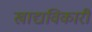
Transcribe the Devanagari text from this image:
खाद्यविकारी